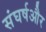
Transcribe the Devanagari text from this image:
संघर्षऔर